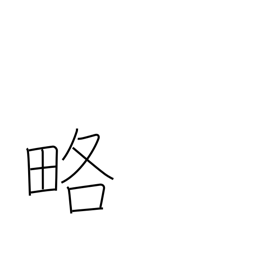
Meaning: outline